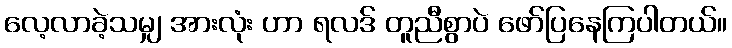
လေ့လာခဲ့သမျှ အားလုံး ဟာ ရလဒ် တူညီစွာပဲ ဖော်ပြနေကြပါတယ်။